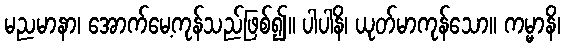
မညမာနာ၊ အောက်မေ့ကုန်သည်ဖြစ်၍။ ပါပါနိ၊ ယုတ်မာကုန်သော။ ကမ္မာနိ၊